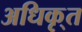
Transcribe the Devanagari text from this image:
अधिकृ्त